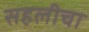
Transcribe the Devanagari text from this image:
सहलीचा